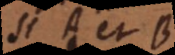
Si A et B